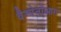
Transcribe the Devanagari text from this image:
वैम्पेनोआग